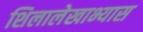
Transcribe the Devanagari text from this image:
शिलालेखाभ्यास